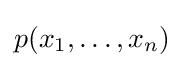
p(x_{1},\ldots ,x_{n})